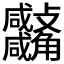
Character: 𧥚